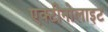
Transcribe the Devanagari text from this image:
एक्टीनोलाइट